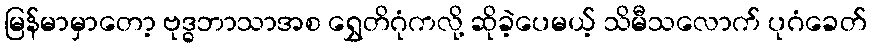
မြန်မာမှာတော့ ဗုဒ္ဓဘာသာအစ ရွှေတိဂုံကလို့ ဆိုခဲ့ပေမယ့် သိမီသလောက် ပုဂံခေတ်